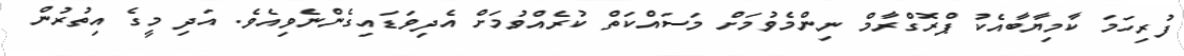
ފުރިހަމަ ކާމިޔާބާއެކު ޕްރޮގްރާމް ނިންމެވުމަށް މަސައްކަތް ކުރެއްވުމަށް އެދިވަޑައިގެންނެވިއެވެ. އަދި މީގެ އިތުރުން